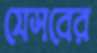
যেসবের